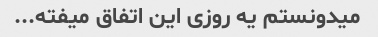
میدونستم یه روزی این اتفاق میفته...